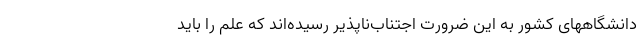
دانشگاههای کشور به این ضرورت اجتناب‌ناپذیر رسیده‌اند که علم را باید